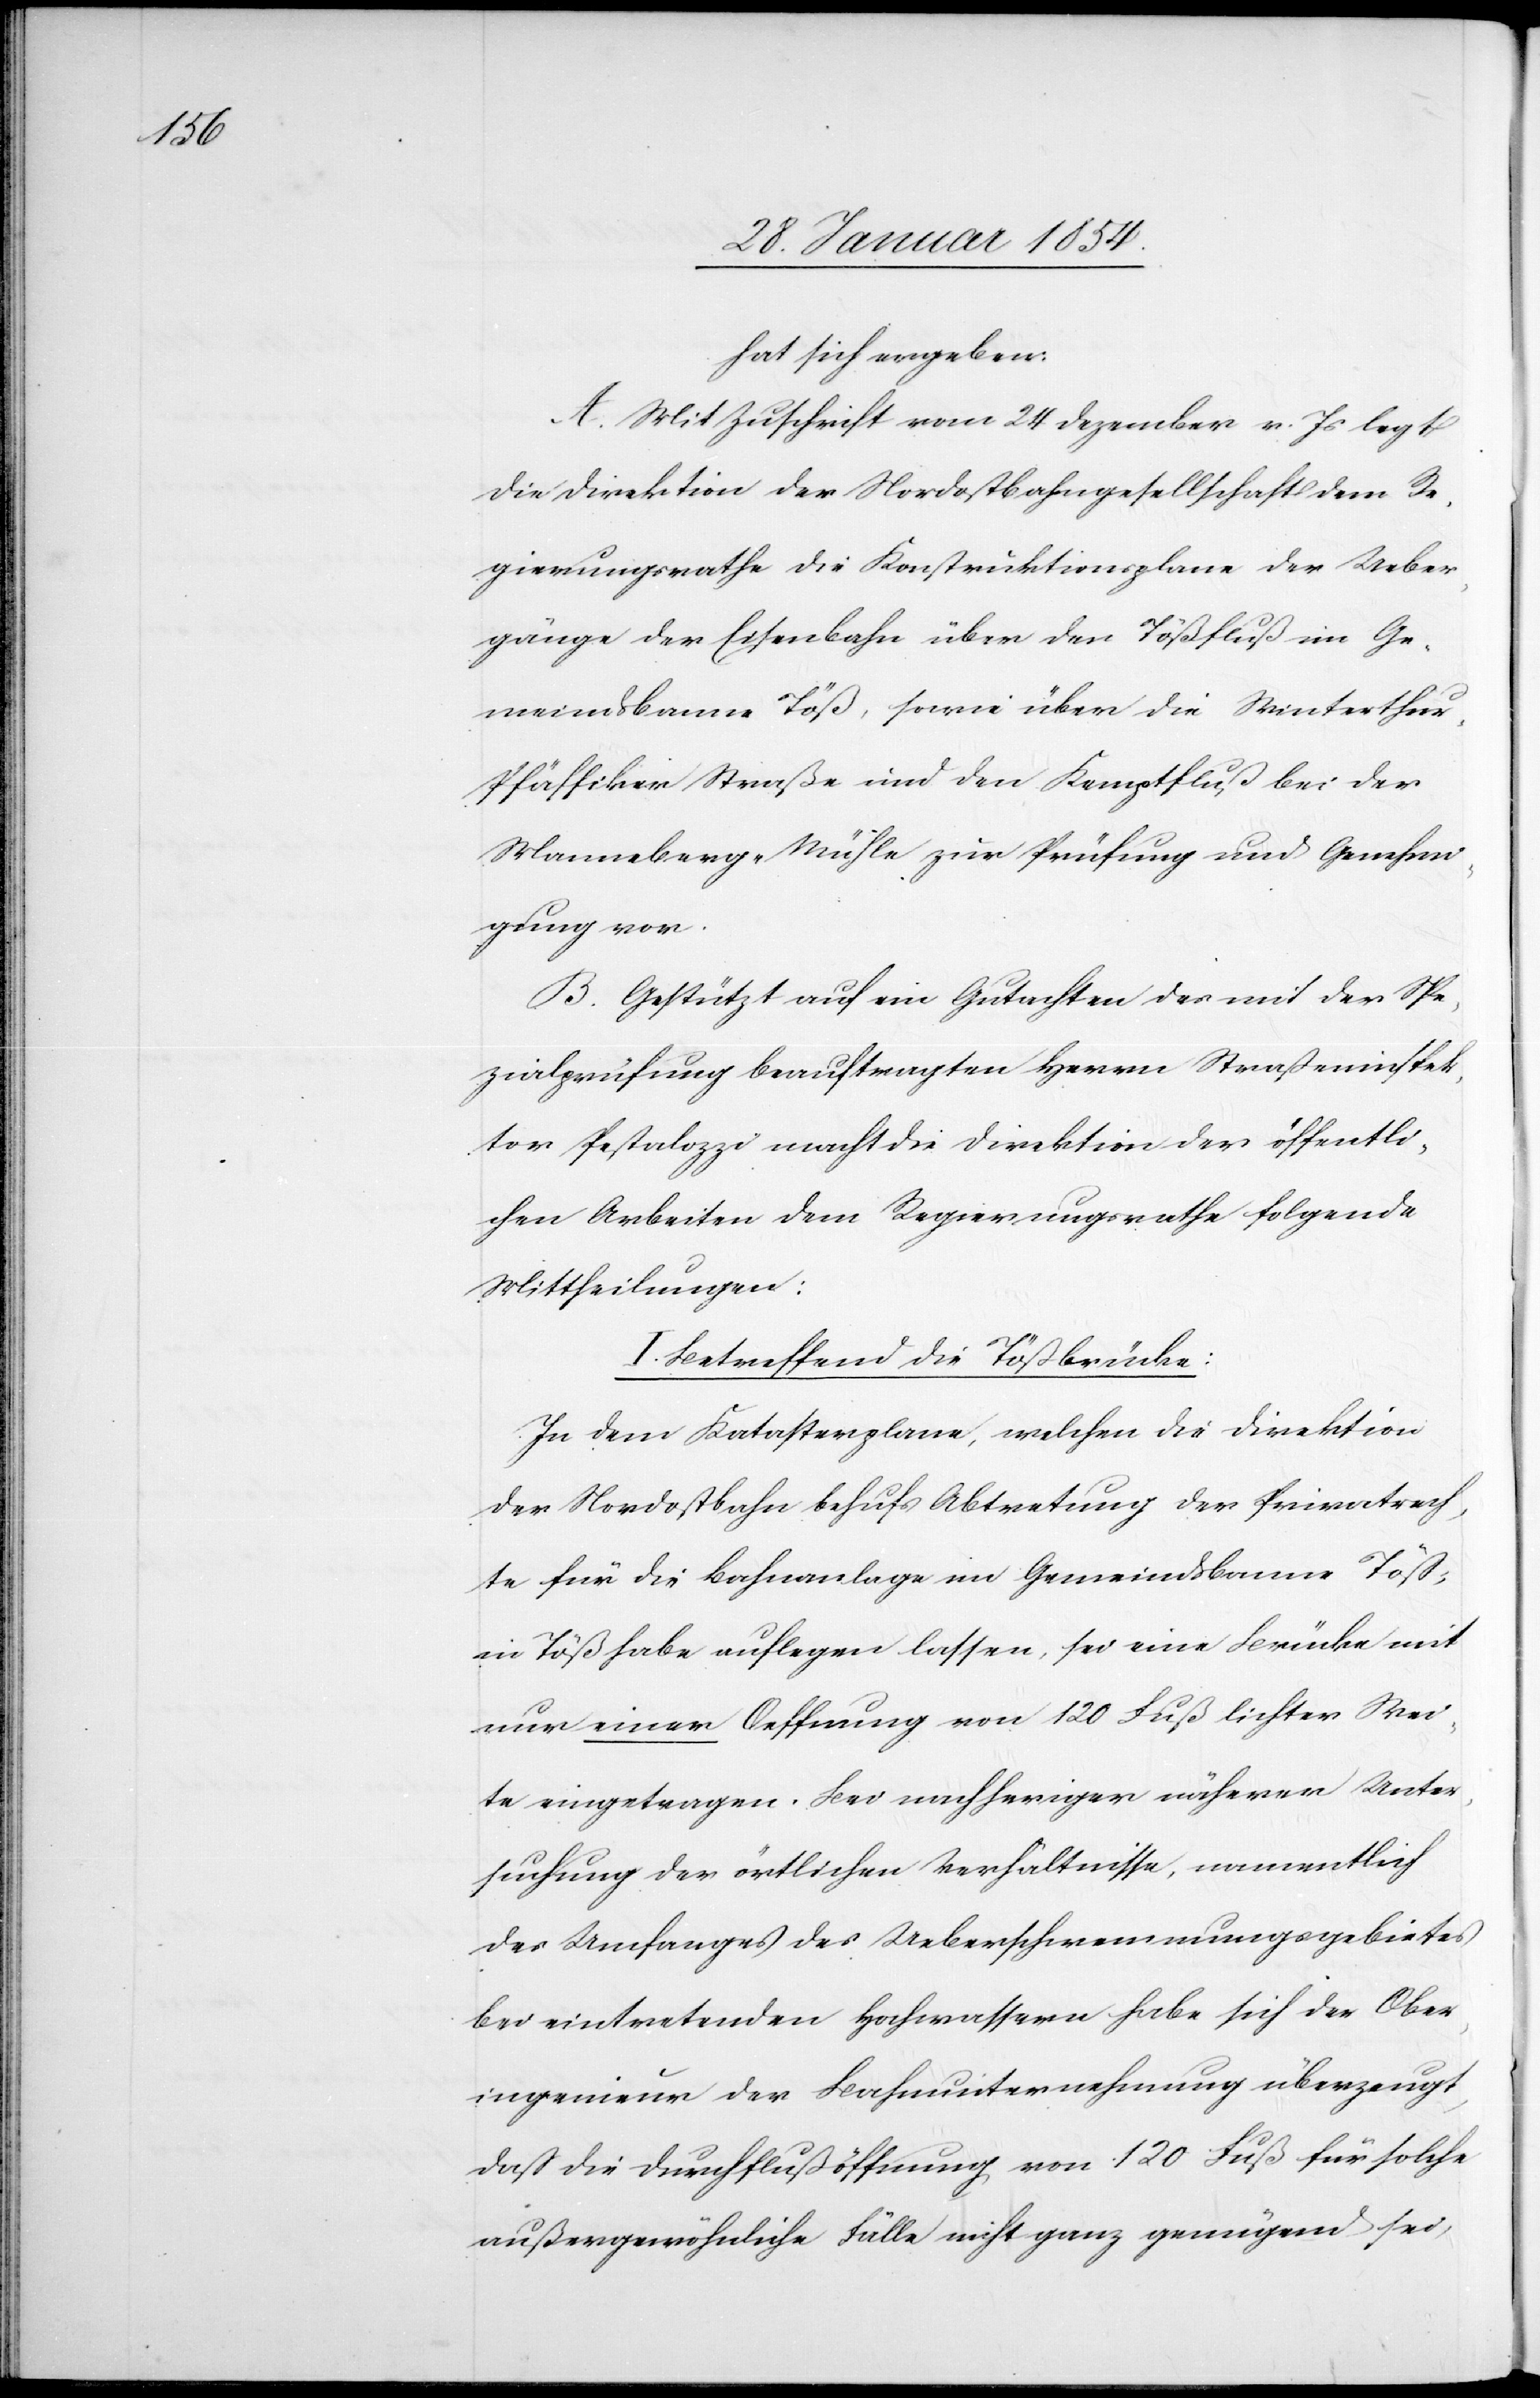
hat sich ergeben:
A. Mit Zuschrift vom 24 Dezember v. Js legt
die Direktion der Nordostbahngesellschaft dem Re¬
gierungsrath die Konstruktionsplane der Ueber¬
gänge der Eisenbahn über den Tößfluß im Ge¬
meindsbanne Töß, sowie über die Winterthu¬
r-Pfäffiker Straße und den Kemptfluß bei der
Wannenberg-Mühle zur Prüfung und Genehmi¬
gung vor.
B. Gestützt auf ein Gutachten des mit der Spe¬
zialprüfung beauftragten Herrn Straßeninspek¬
tor Pestalozzi macht die Direktion der öffentli¬
chen Arbeiten dem Regierungsrathe folgende
Mittheilungen:
I. Betreffend die Tößbrücke:
In dem Katasterplane, welchen die Direktion
der Nordostbahn behufs Abtretung der Privatrech¬
te für die Bahnanlage im Gemeindsbanne Töß
in Töß habe auflegen lassen, sei eine Brücke mit
nur einer Oeffnung von 120 Fuß lichter Wei¬
te eingetragen. Bei nachheriger näherer Unter¬
suchung der örtlichen Verhältnisse, namentlich
des Umfanges der Ueberschwemmungsgebietes
bei eintretenden Hochwassern habe sich der Ober¬
ingenieur der Bahnunternehmung überzeugt,
daß die Durchflußöffnung von 120 Fuß für solche
außergewöhnliche Fälle nicht ganz genügend sei,